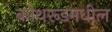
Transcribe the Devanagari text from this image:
कोथरूडमधील